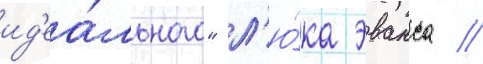
ид'еа́льного" л'ю́ка эванса //